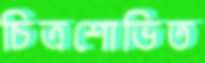
চিত্রশোভিত